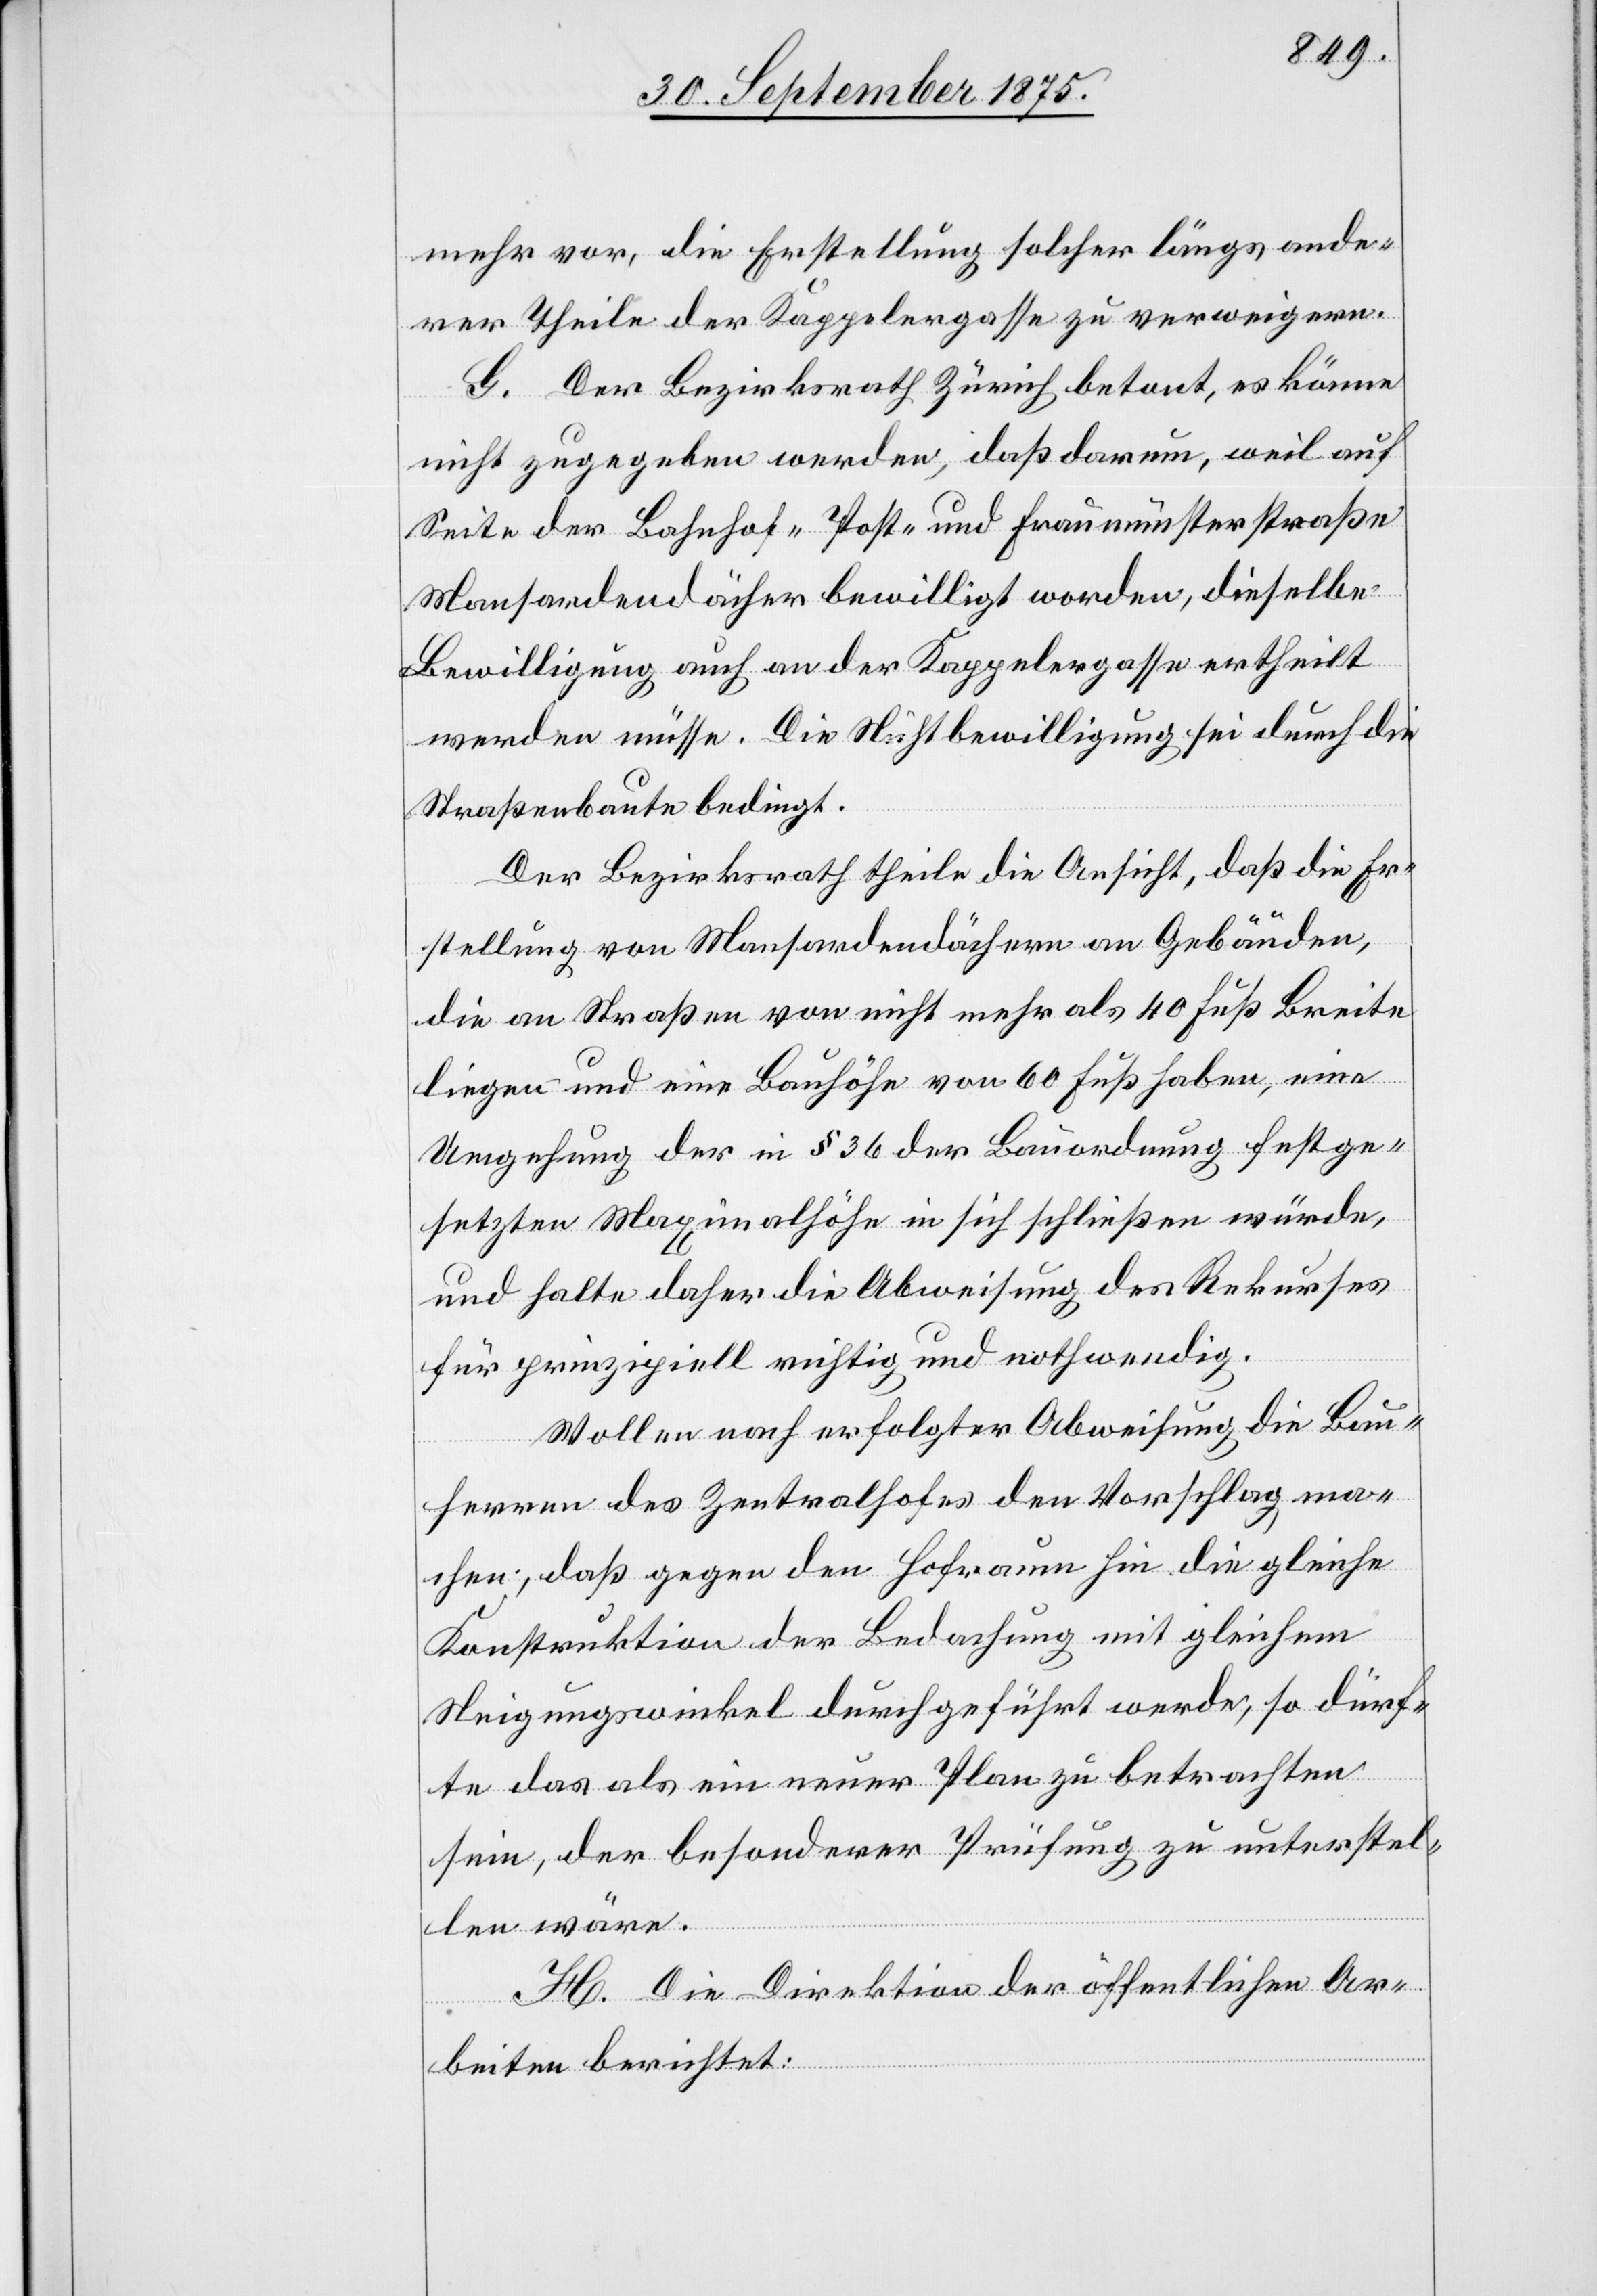
mehr vor, die Erstellung solcher längs ande¬
rer Theile der Kappelergasse zu verweigern.
G. Der Bezirksrath Zürich betont, es könne
nicht zugegeben werde, daß darum, weil auf
Seite der Bahnhof- Post- und Fraumünsterstraße
Mansardendächer bewilligt worden, dieselbe
Bewilligung auch an der Kappelergasse ertheilt
werden müsse. Die Nichtbewilligung sei durch die
Straßenbaute bedingt.
Der Bezirksrath theile die Ansicht, daß die Er¬
stellung von Mansardendächern an Gebäuden,
die an Straßen von nicht mehr als 40 Fuß Breite
liegen und eine Bauhöhe von 60 Fuß haben, eine
Umgehung der in § 36 der Bauordnung festge¬
setzten Maximalhöhe in sich schließen würde,
und halte daher die Abweisung des Rekurses
für prinzipiell richtig und nothwendig.
Wollen nach erfolgter Abweisung die Bau¬
herren des Zentralhofes den Vorschlag ma¬
chen, daß gegen den Hofraum hin die gleiche
Konstruktion der Bedachung mit gleichem
Neigungswinkel durchgeführt werde, so dürf¬
te das als ein neuer Plan zu betrachten
sein, der besonderer Prüfung zu unterstel¬
len wäre.
H. Die Direktion der öffentlichen Ar¬
beiten berichtet: